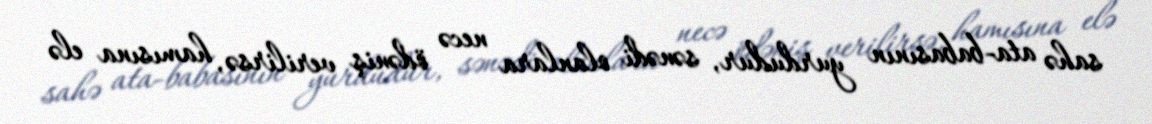
sahə ata-babasının yurdudur, sənədi olanlara necə ödəniş verilirsə, hamısına elə